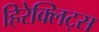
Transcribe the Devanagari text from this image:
हिरेक्लिट्स